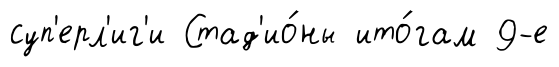
суп'ерл'иг'и Стад'ио́ны ито́гам 9-е